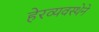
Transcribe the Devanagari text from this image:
हेरव्यवस्थेने